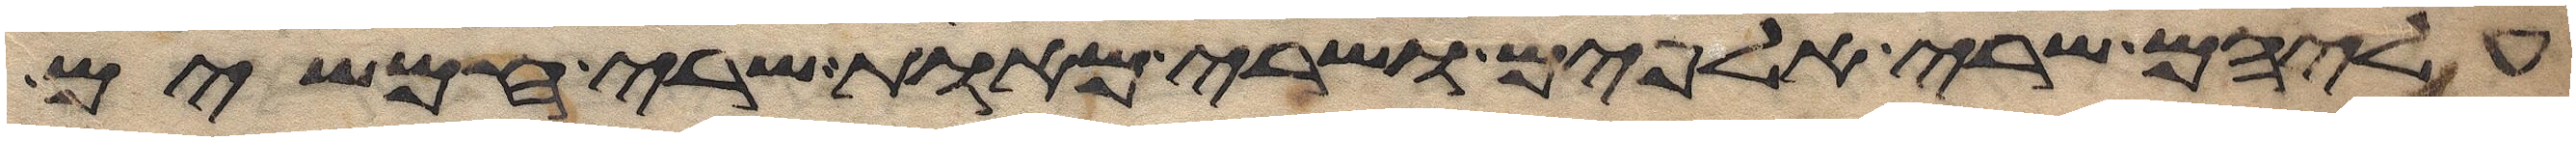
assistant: עליהם שרי אלפים ושרי מאות שרי חמשים